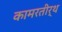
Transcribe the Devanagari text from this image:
कामरतीर्थ